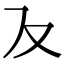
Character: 𭆥